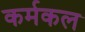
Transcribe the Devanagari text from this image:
कर्मकल